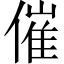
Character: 催